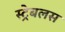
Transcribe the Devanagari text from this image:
स्ट्रेबलस